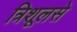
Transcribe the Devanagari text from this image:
त्रिशूलसे